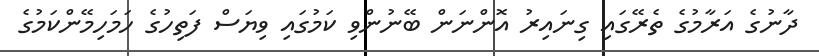
ދާނުގެ އަރާމުގެ ތެރޭގައި ގިނައިރު އޮންނަން ބޭނުންވި ކަމުގައި ވިޔަސް ފަތިހުގެ ހަމަހިމޭންކަމުގެ